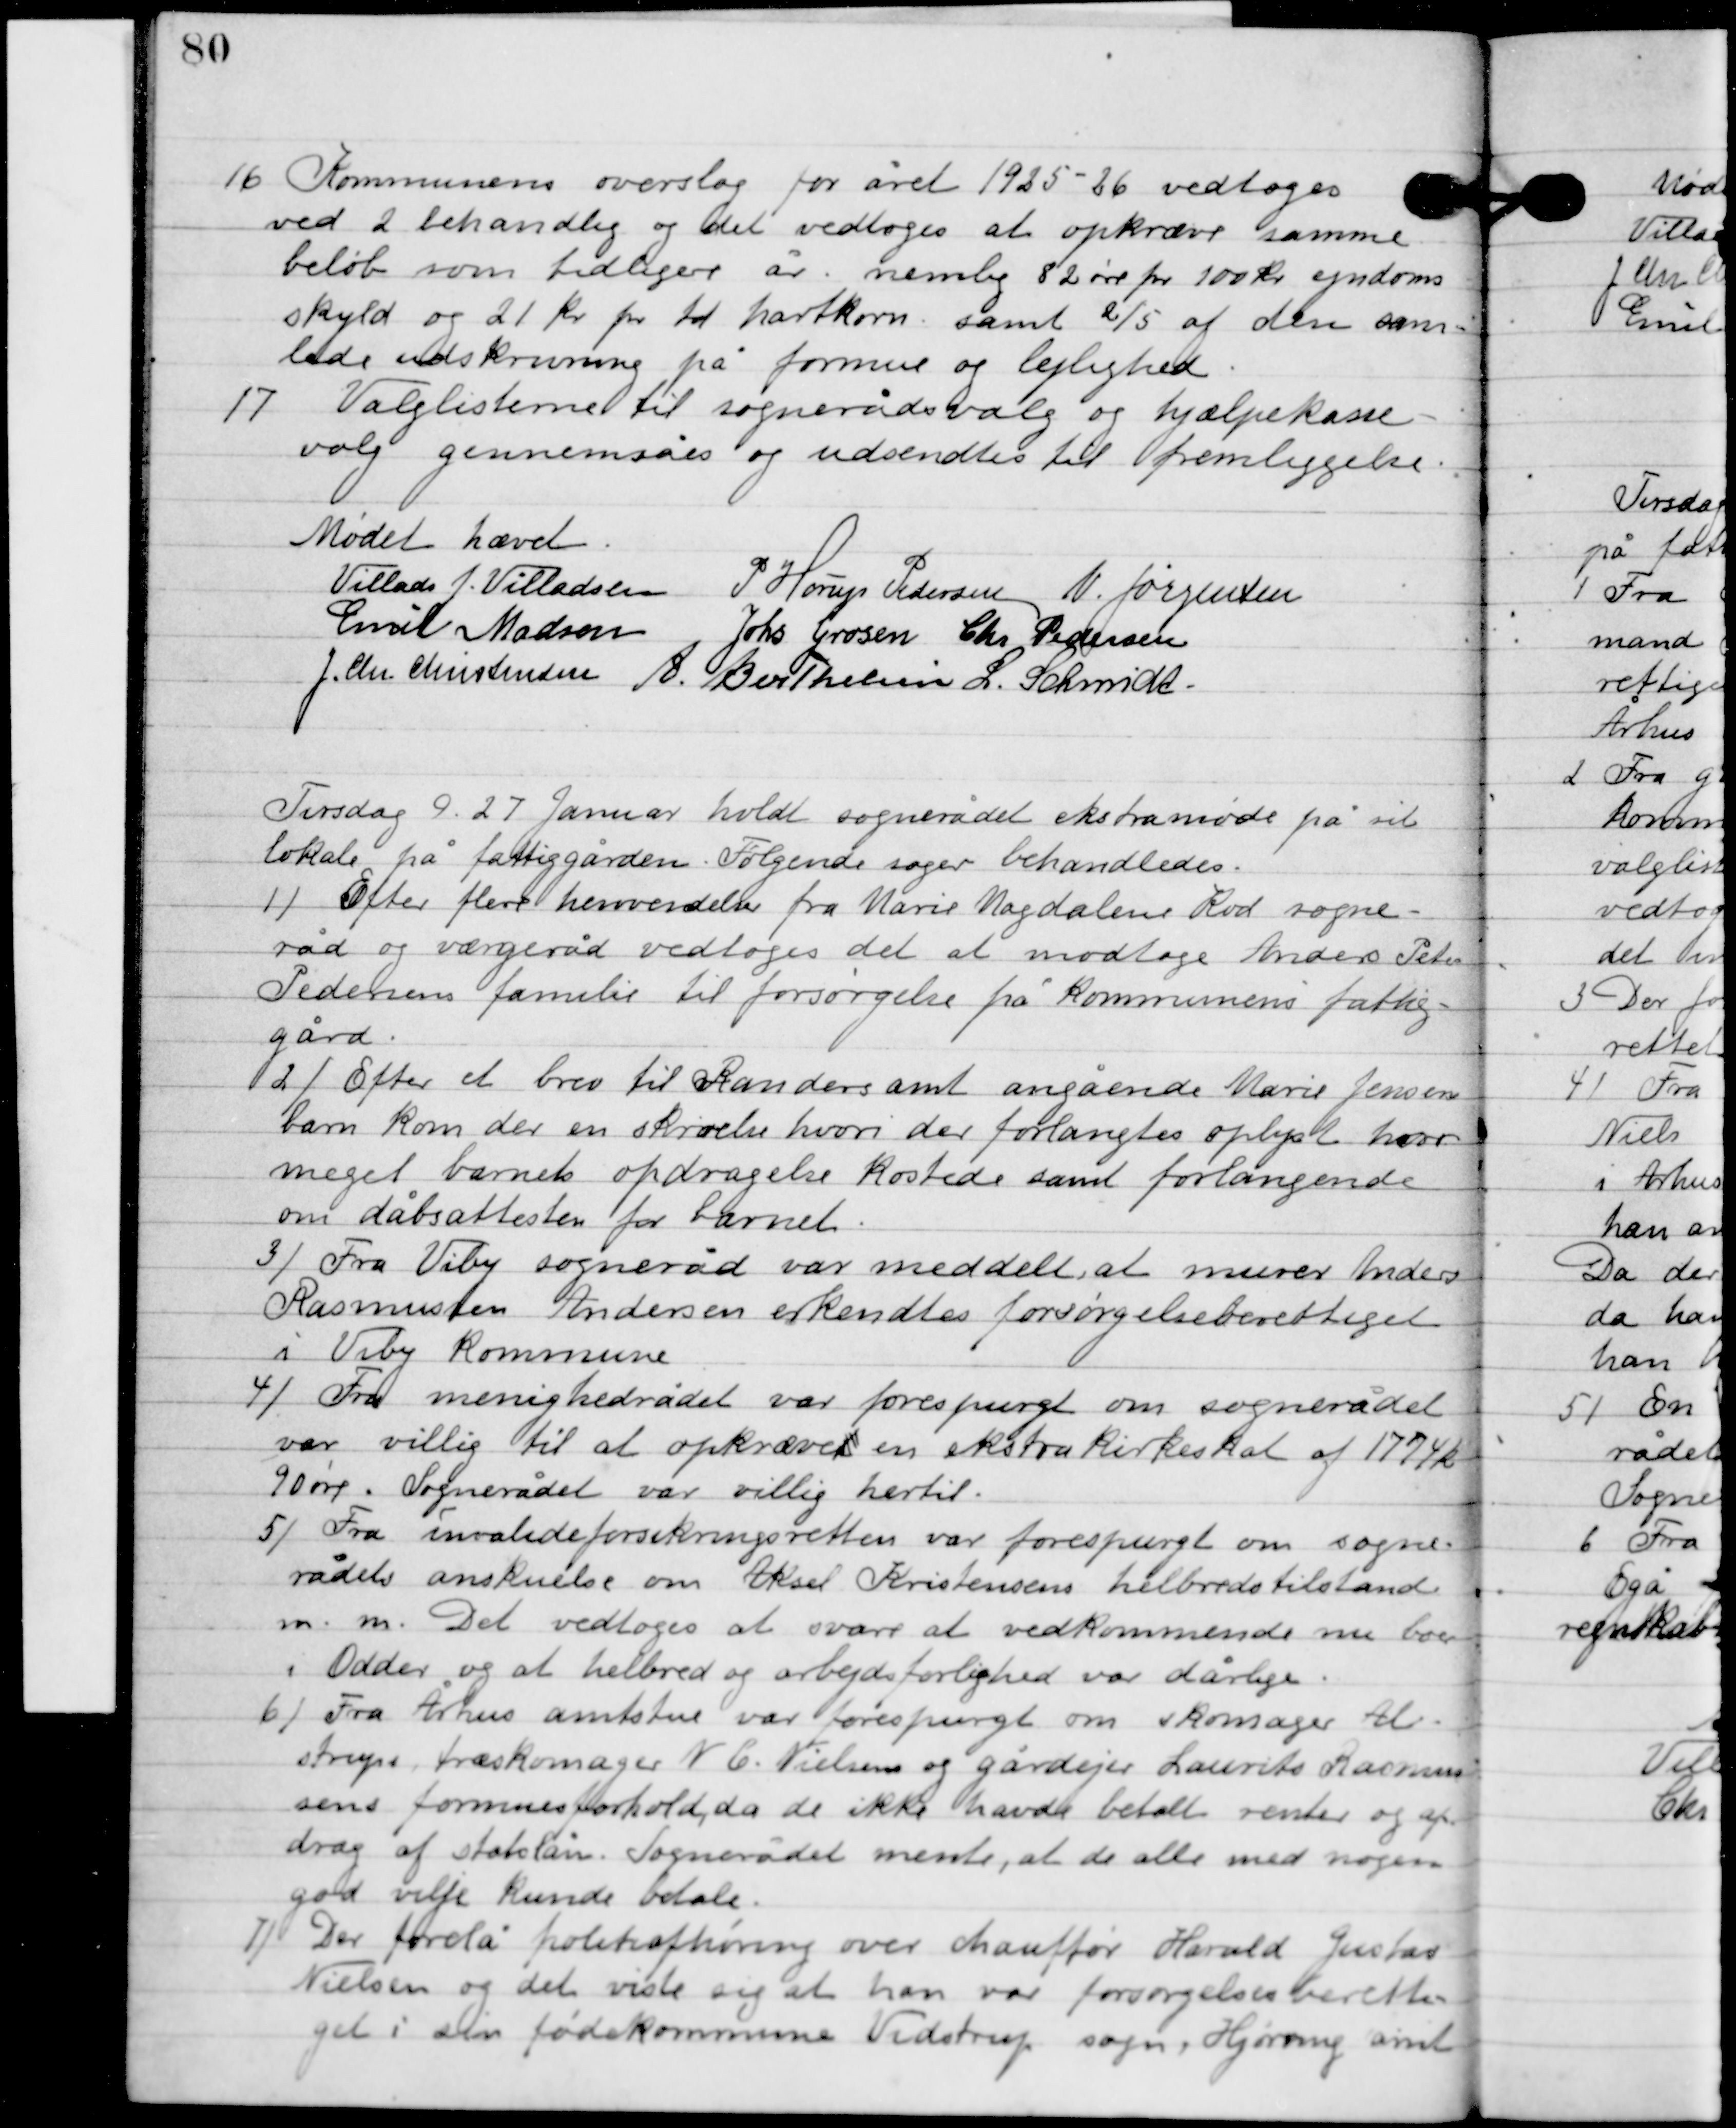
Transskription:
16

Kommunens overslag for året 1925-26 vedtoges
ved 2. behandling og det vedtoges at opkræve samme
beløb som tidligere år, nemlig 82 øre for 100 kr. ejendoms-
skyld og 21 kr. for td. hartkorn samt 2/5 af den som
lads udskrivning på formue og lejlighed.

17

Valglisterne til sognerådsvalg og hjælpekasse
valg gennemsåes og udsendtes til fremliggelse.

Mødet hævet

Villads J. Villadsen
P. Horup Pedersen
N. Jørgensen
Emil Madsen
Johs. Grosen
Chr. Pedersen
J. Chr. Christensen
A. Berthelsen
l. Schmidt

Tirsdag D. 27. Januar holdt sognerådet ekstramøde på sit
lokale på fattiggården. Følgende sager behandledes.

1

Efter flere henvendelser fra Marie Magdalene Kod sogne-
råd og værgeråd vedtoges det at modtage Anders Peter
Pedersens familie til forsørgelse på kommunens fattig-
gård.

2

Efter et brev til Randers amt angående Marie Jensens
barn kom der en skrivelse hvori der forlangtes oplyst hvor
meget barnet opdragelse kostede samt forlangende
 om dåbsattesten for barnet.

3

Fra Viby sogneråd var meddelt at murre Anders
Rasmussen Andersen erkendtes forsørgelsesberettiget
i Viby kommune.

4

Fra menighedsrådet var forespurgt om sognerådet
var villig til at opkræve en ekstra kirkeskat af 1774 kr.
90 øre. Sognerådet var villig hertil.

5

Fra invalideforsikringsretten var forespurgt om sogne-
rådets anskuelse om aksel Kristensens helbredstilstand
m.m. Det vedtoges at svare at vedkommende nu boede
 i Odder og at helbred og arbejdsførlighed var dårlige.

6

Fra Århus amtstue var forespurgt om skomager Al-
strups træskomage N.C. Nielsen og gårdejer Laurits Rasmus-
sens formueforhold da de ikke havde betalt renter og af-
drag af statslån. Sognerådet mente, at de alle med nogen
 god vilje kunde betale.

7

Der forelå politiafhøring over chauffør Harald Gustav
Nielsen og det viste sig at han var forsørgelsesberetti-
get i sin fødekommune Vidstrup sogn, Hjørring samt